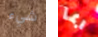
شيء ربما